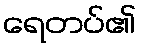
ရေတပ်၏